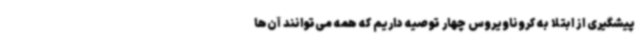
پیشگیری از ابتلا به کروناویروس چهار توصیه داریم که همه می‌توانند آن‌ها